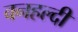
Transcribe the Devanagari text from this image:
वनहल्दी